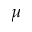
\mu